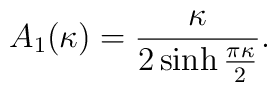
A_{1}(\kappa)=\frac{\kappa}{2\sinh\frac{\pi\kappa}{2}}.